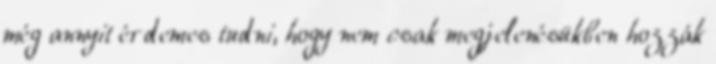
még annyit érdemes tudni, hogy nem csak megjelenésükben hozzák